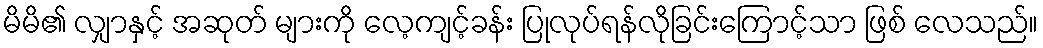
မိမိ၏ လျှာနှင့် အဆုတ် များကို လေ့ကျင့်ခန်း ပြုလုပ်ရန်လိုခြင်းကြောင့်သာ ဖြစ် လေသည်။